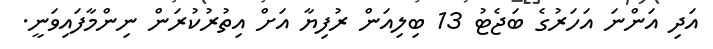
އަދި އަންނަ އަހަރުގެ ބަޖެޓު 13 ބިލިއަން ރުފިޔާ އަށް އިތުރުކުރަން ނިންމާފައިވަނީ.